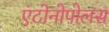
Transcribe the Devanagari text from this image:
एंटोनोपोलस